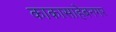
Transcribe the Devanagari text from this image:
काकासाहेबनगर